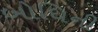
બોધિની